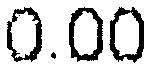
0.00